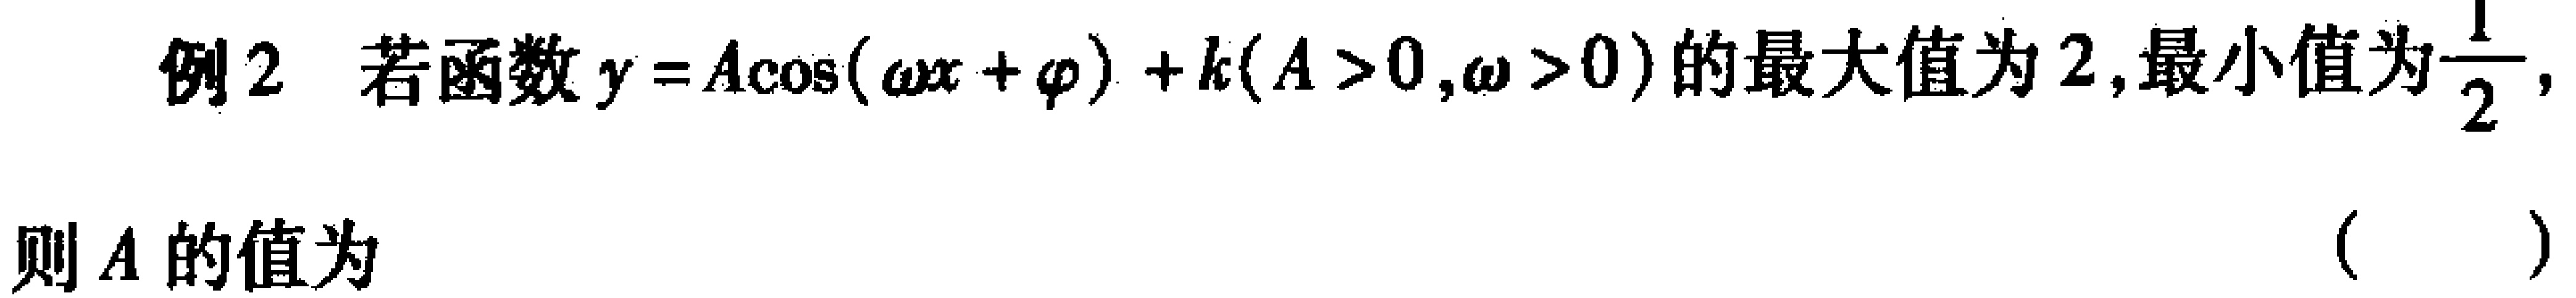
例2 若函数\(y = A\cos(\omega x+\varphi)+k(A > 0,\omega > 0)\)的最大值为\(2\),最小值为\(\frac{1}{2}\),则\(A\)的值为 （  ）